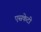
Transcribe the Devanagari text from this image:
एसकेटी